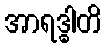
အာရဒ္ဓါတိ